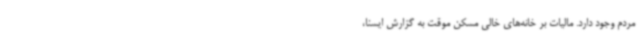
مردم وجود دارد. مالیات بر خانه‌های خالی مسکن موقت به گزارش ایسنا،